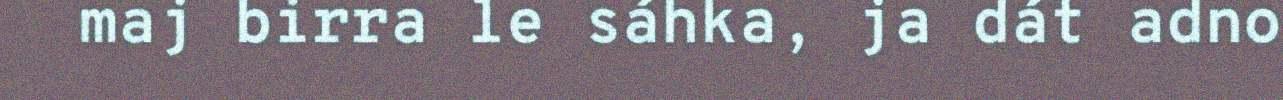
maj birra le sáhka, ja dát adno